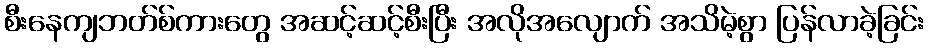
စီးနေကျဘတ်စ်ကားတွေ အဆင့်ဆင့်စီးပြီး အလိုအလျောက် အသိမဲ့စွာ ပြန်လာခဲ့ခြင်း